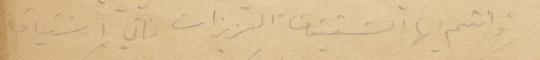
وانتم أيها الشقيقات العزيزات فاني باشتياق